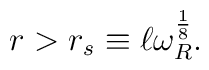
r>r_s\equiv \ell \omega_R^{\frac{1}{8}}.